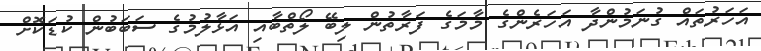
އަހަރުތައް ގުނަމުންދާ އަހަރެންގެ މާމަގެ ފަރާތުން ލިބޭ ލޯތްބާއި އަޅާލުމުގެ ސަބަބުން ކުޑަކޮށް